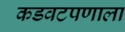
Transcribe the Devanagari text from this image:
कडवटपणाला